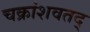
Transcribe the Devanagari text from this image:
चक्रांशवतद्